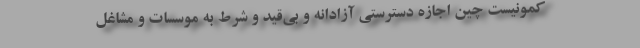
کمونیست چین اجازه دسترستی آزادانه و بی‌قید و شرط به موسسات و مشاغل